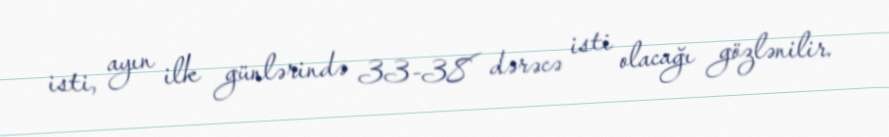
isti, ayın ilk günlərində 33-38 dərəcə isti olacağı gözlənilir.